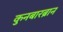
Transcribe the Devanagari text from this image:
कुनबारब्रान